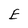
Character: E